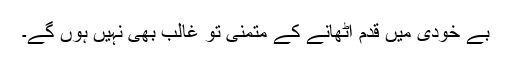
بے خودی میں قدم اُٹھانے کے متمنی تو غالب بھی نہیں ہوں گے۔